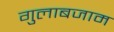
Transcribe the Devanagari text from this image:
गुलाबजाम